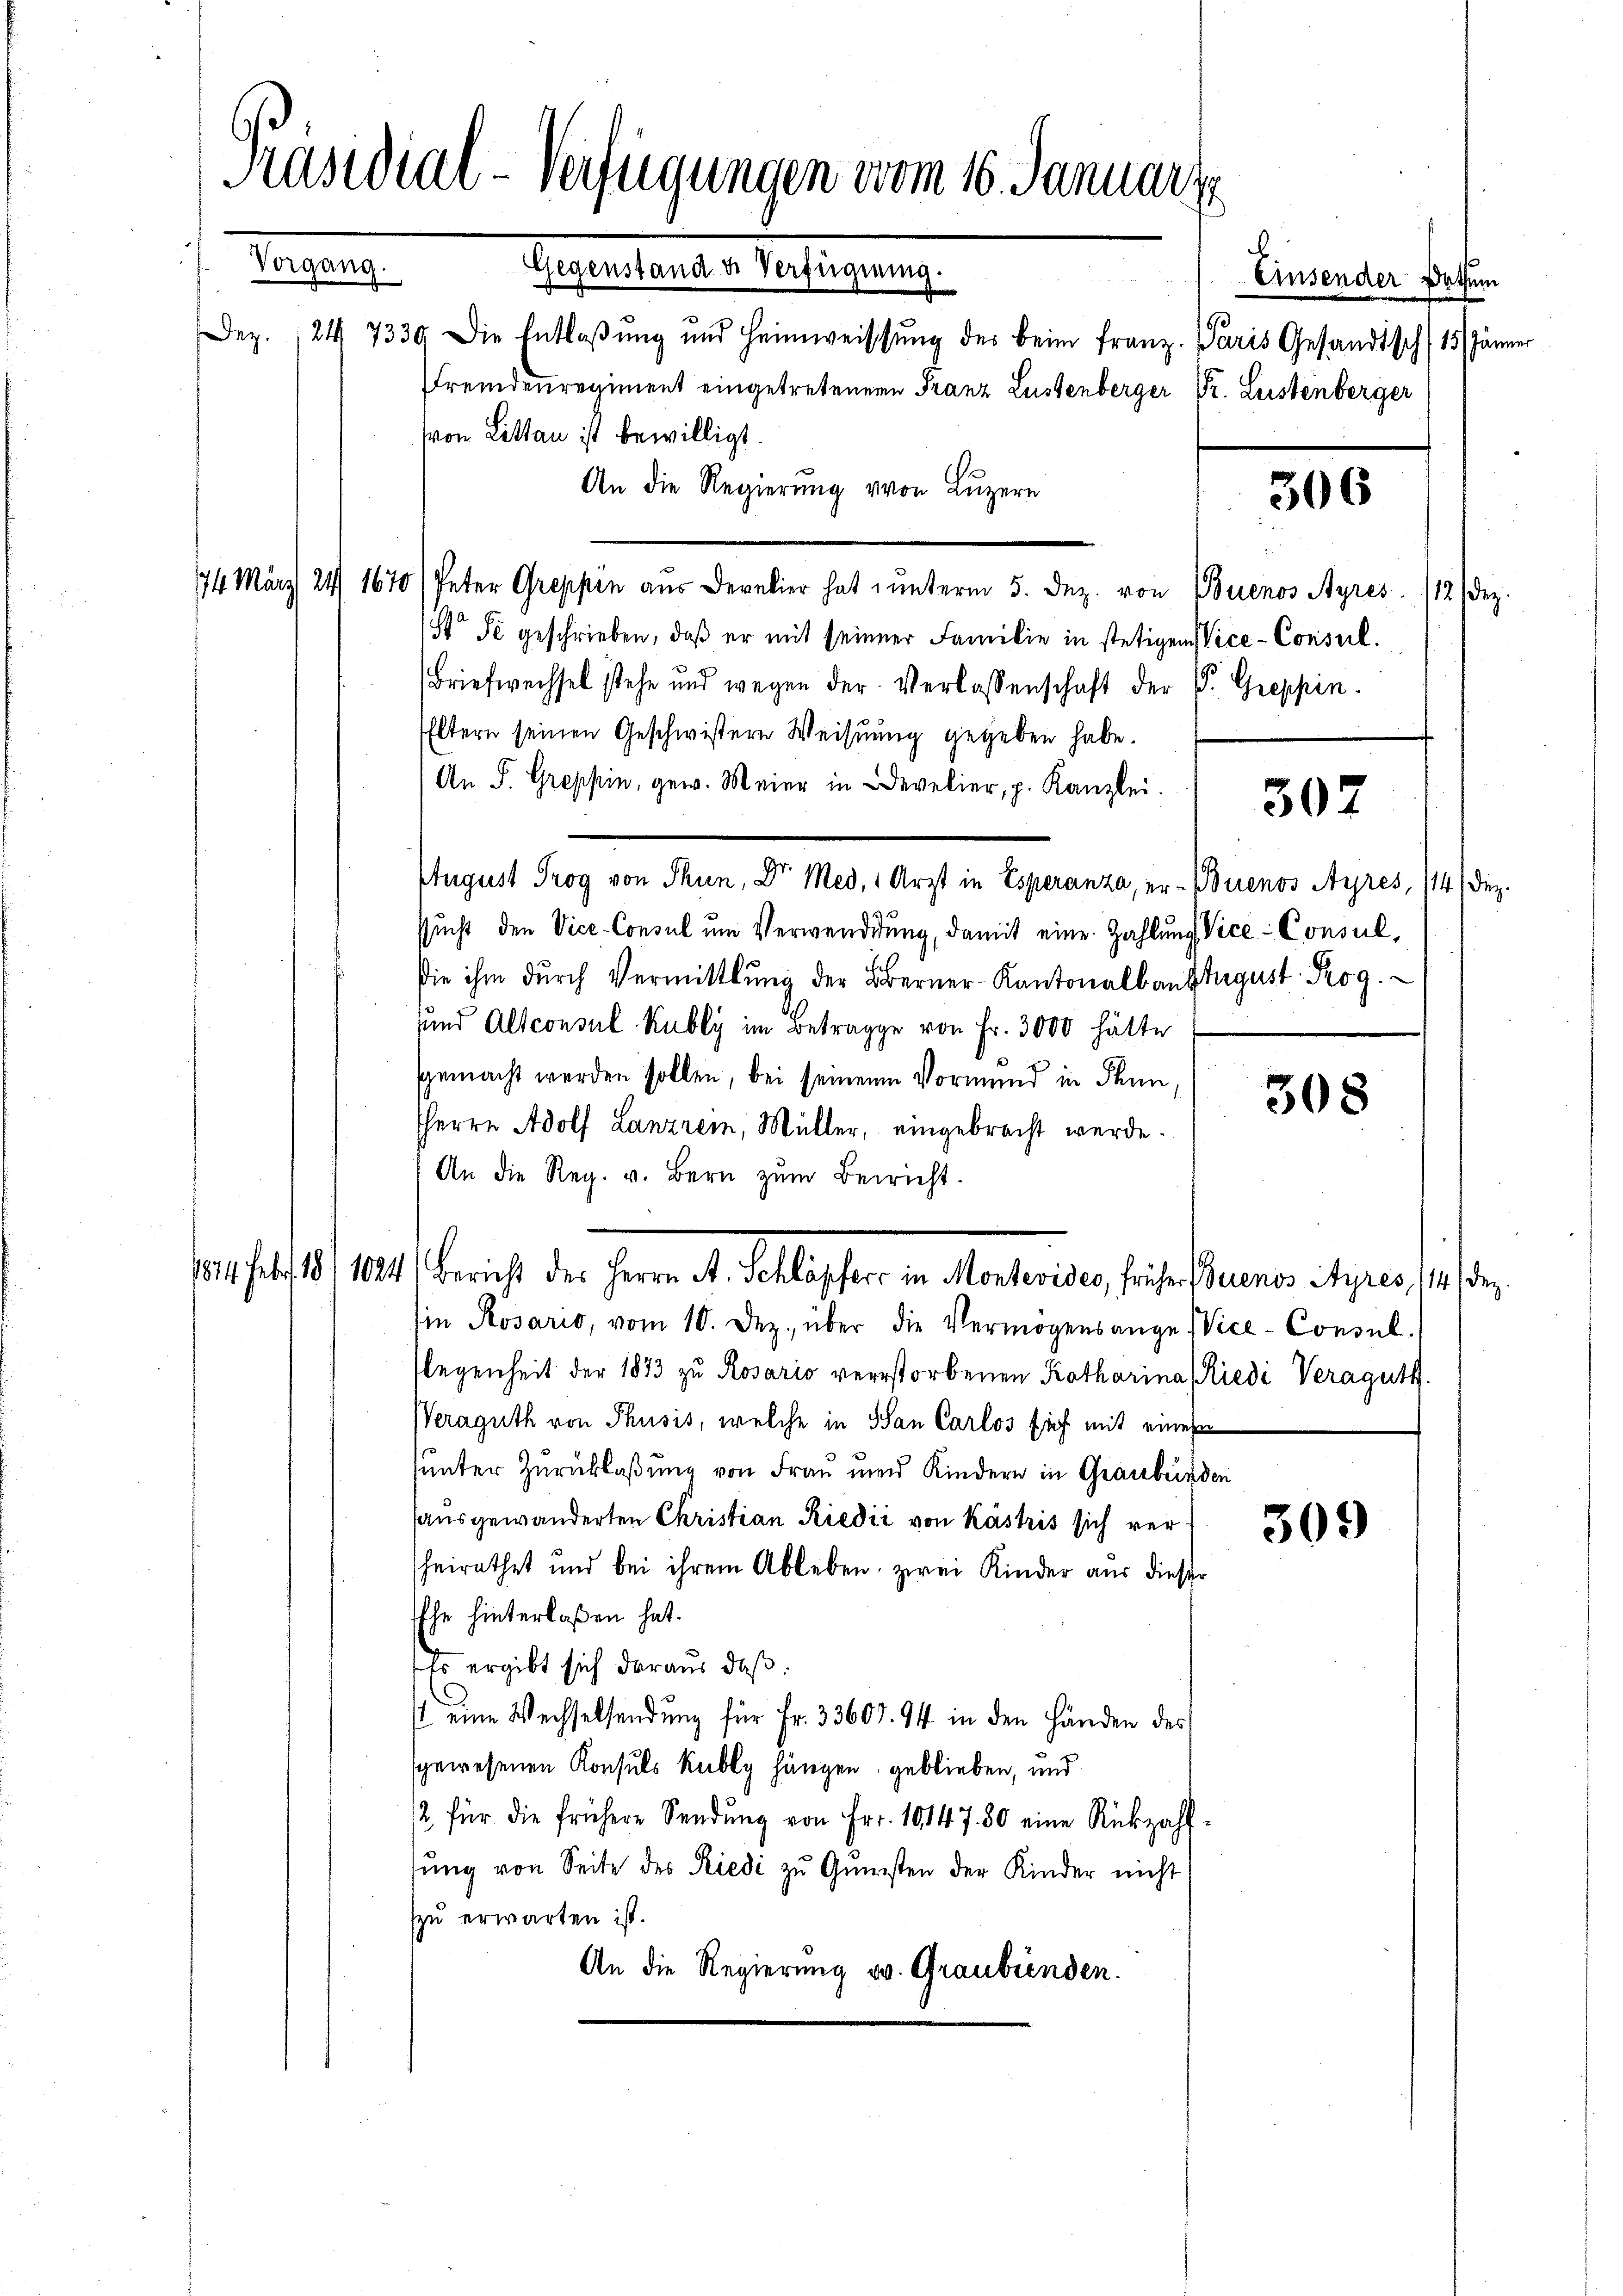
Präsidial-Verfügungen vom 16. Januar
Tagung
Aegertenden Verfügung

Dez. 124 7339 Die Entlaβŭng und Heimweissŭng des beim Franz. Paris Gesandtsch (15. Jänner
Fremdenregiment eingetretenen Franz Lustenberger Dr. Leistenberger
von Litten ist bewilligt.
An die Regierung von Luzern
14 März 24. 1670 Peter Greppin aus Derelier hat unterm 5. Dez. von Buenos Ayres 12 Dez.
o Se geschrieben, daβ er mit seiner Familie in stetigen Vice-Consul-
Briefwechsel stehe und wegen der Verlassenschaft der P. Greppin
Eltern seinen Geschwistern Weisung gegeben habe.
An P. Greppin, gew. Meier in Develier, p. Kanzlei.
August Trog von Thun, Dr. Med. 1 Arzt in Esperanza, er- Buenos Ayres, 114. Dez.
sŭcht den Vice-Consul ŭm Verwendigung, damit eine Zahlung Vice-Consul¬
Die ihm durch Vermittlung der Berner-Kantonalbanstagust Rog
und Altconsul Kubly im Betrage von Fr. 3000 hätte
sgemacht werden sollen, bei seinem Vormund in Thun,
sherrn Adolf Lanzrem, Müller, eingebracht werde.
An die Reg. v. Bern zŭm Bericht.
11/4/18), 104. Bericht der Herrn A. Schlasser in Mentenden, früher Gruenes istiges sie der
in Rosario, vom 10. Dez. über die Vermögensange Vice-Consul-
flegenheit der 1873 zu Rosario verstorbenen Katharina (Riedi Veraguth.
Weraguth von Thusis, welche in San Carlos sich mit eines
sunter Zurücklaßung von Frau und Kindern in Graubünden
sausgewanderten Christian Riedić von Kästris sich ver¬
309
heirathet und bei ihrem Ableben, zwei Kinder aus dieser
Ehe hinterlaßen hat.
Es ergibt sich daraus, daß:
 eine Wechselsendung für Fr. 33607. 94 in den Händen des
sgewesenen Konsuls Kubly hängen geblieben, und
/2 für die frühere Sendung von Fr. 10147. 50 eine Rückzahltŭng von Seite des Riedi zŭ Gŭnsten der Kinder nicht
zzu erwarten ist.
An die Regierung u. Graubünden.

Einsender Datum

306

307

308